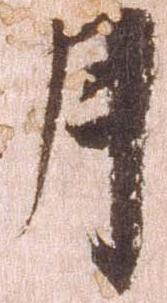
月